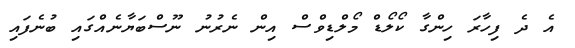
އެ ދެ ފިހާރަ ހިންގާ ކޯލޯޑް މޯލްޑިވްސް އިން ނެރުނު ނޫސްބަޔާނެއްގައި ބުނެފައި